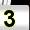
Digit: 3